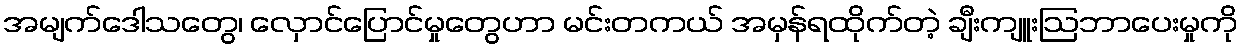
အမျက်ဒေါသတွေ၊ လှောင်ပြောင်မှုတွေဟာ မင်းတကယ် အမှန်ရထိုက်တဲ့ ချီးကျူးဩဘာပေးမှုကို